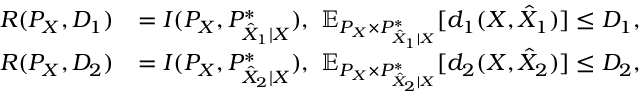
\begin{array} { r l } { R ( P _ { X } , D _ { 1 } ) } & { = I ( P _ { X } , P _ { \hat { X } _ { 1 } | X } ^ { * } ) , ~ \mathbb { E } _ { P _ { X } \times P _ { \hat { X } _ { 1 } | X } ^ { * } } [ d _ { 1 } ( X , \hat { X } _ { 1 } ) ] \leq D _ { 1 } , } \\ { R ( P _ { X } , D _ { 2 } ) } & { = I ( P _ { X } , P _ { \hat { X } _ { 2 } | X } ^ { * } ) , ~ \mathbb { E } _ { P _ { X } \times P _ { \hat { X } _ { 2 } | X } ^ { * } } [ d _ { 2 } ( X , \hat { X } _ { 2 } ) ] \leq D _ { 2 } , } \end{array}